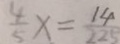
\frac { 4 } { 5 } x = \frac { 1 4 } { 2 2 5 }